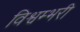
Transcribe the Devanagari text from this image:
विश्वम्भरी